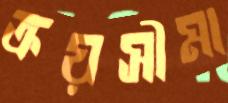
ক্রয়সীমা